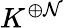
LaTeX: K^{\oplus\mathcal{N}}